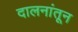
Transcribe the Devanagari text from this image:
दालनांतून